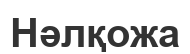
Нәлқожа